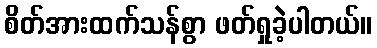
စိတ်အားထက်သန်စွာ ဖတ်ရှုခဲ့ပါတယ်။